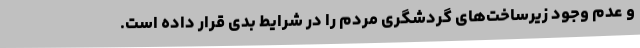
و عدم وجود زیرساخت‌های گردشگری مردم را در شرایط بدی قرار داده است.